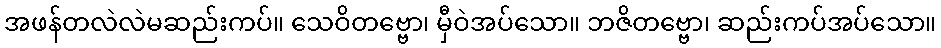
အဖန်တလဲလဲမဆည်းကပ်။ သေဝိတဗ္ဗော၊ မှီဝဲအပ်သော။ ဘဇိတဗ္ဗော၊ ဆည်းကပ်အပ်သော။